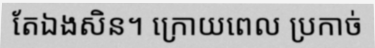
តែឯងសិន។ ក្រោយពេល ប្រកាច់